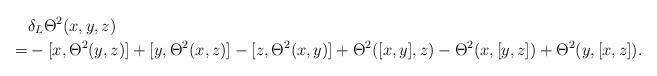
LaTeX: \begin{align*}&\delta_L\Theta^2(x,y,z)\\=&-[x,\Theta^2(y,z)]+[y,\Theta^2(x,z)]-[z,\Theta^2(x,y)]+\Theta^2([x,y],z)-\Theta^2(x,[y,z])+\Theta^2(y,[x,z]).\end{align*}